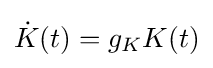
{\dot {K}}(t)=g_{K}K(t)